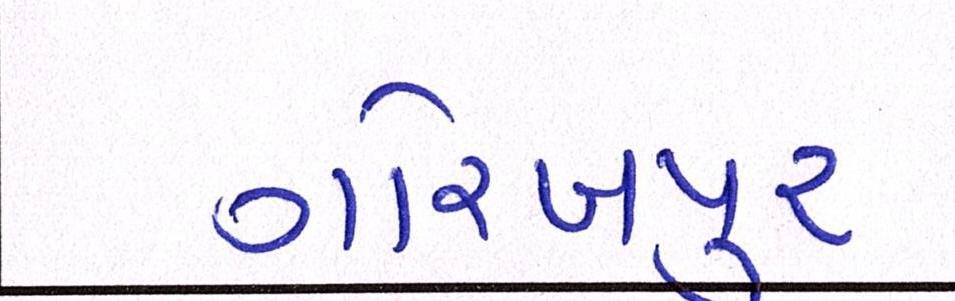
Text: ગોરખપુરઃ